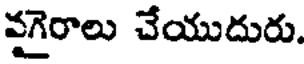
వగైరాలు చేయుదురు.